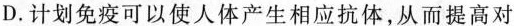
D.计划免疫可以使人体产生相应抗体，从而提高对